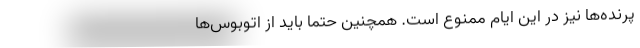
پرنده‌ها نیز در این ایام ممنوع است. همچنین حتما باید از اتوبوس‌ها